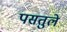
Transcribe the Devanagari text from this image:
पसतुले